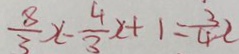
\frac { 8 } { 3 } x - \frac { 4 } { 3 } x + 1 = \frac { 3 } { 4 } x